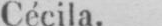
Cécila.